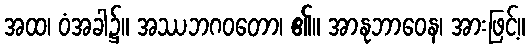
အထ၊ ဝံအခါ၌။ အဿဘဂဝတော၊ ၏။ အာနုဘာဝေန၊ အားဖြင့်။